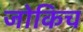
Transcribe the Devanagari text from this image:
जोकिच